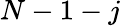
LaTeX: N-1-j